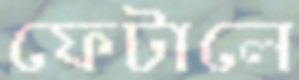
ফেটালে